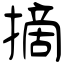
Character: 摘